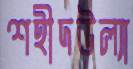
শহীদউল্যা